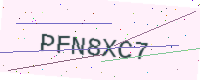
Text: PFN8XC7